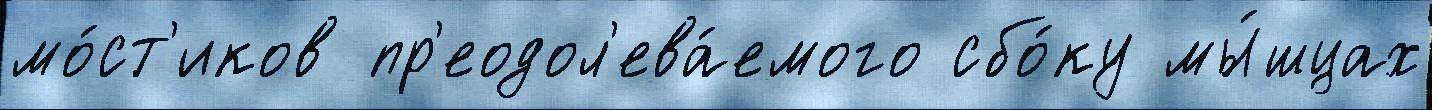
мо́ст'иков пр'еодол'ева́емого сбо́ку мы́шцах